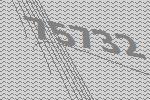
75732